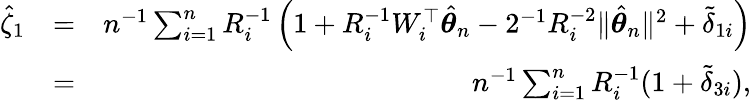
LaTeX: \begin{array}{rlr}{\hat{\zeta}_{1}}&{=}&{n^{-1}\sum_{i=1}^{n}R_{i}^{-1}\left(1+R_{i}^{-1}W_{i}^{\top}\hat{{\boldsymbol\theta}}_{n}-2^{-1}R_{i}^{-2}\| \hat{{\boldsymbol\theta}}_{n}\| ^{2}+\tilde{\delta}_{1i}\right)}\\ &{=}&{n^{-1}\sum_{i=1}^{n}R_{i}^{-1}(1+\tilde{\delta}_{3i}),}\end{array}